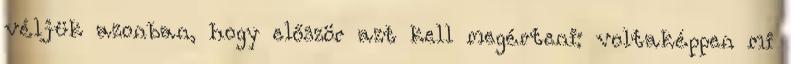
véljük azonban, hogy először azt kell megérteni: voltaképpen mi